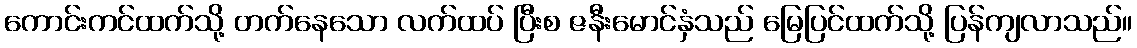
ကောင်းကင်ထက်သို့ တက်နေသော လက်ထပ် ပြီးစ ဇနီးမောင်နှံသည် မြေပြင်ထက်သို့ ပြန်ကျလာသည်။